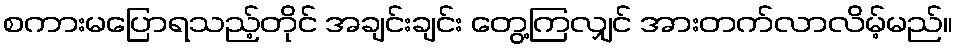
စကားမပြောရသည့်တိုင် အချင်းချင်း တွေ့ကြလျှင် အားတက်လာလိမ့်မည်။